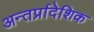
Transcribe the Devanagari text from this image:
अन्तर्प्रादेशिक